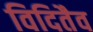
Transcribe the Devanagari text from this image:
विदितैव